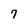
Character: 7